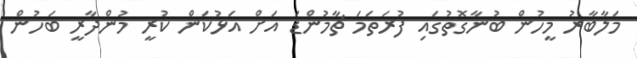
މަލާބާރު މީހުން ބުނާގޮތުގައި ފުރަތަމަ ޗާމުންޑަ އަށް އަޅުކަން ކުރީ މުންދާރީ ބަހުން